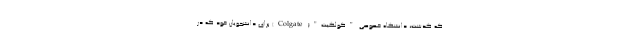
که گذشت، دانشگاه خصوصی "کولگیت"( Colgate) برای دانشجویان خود که در